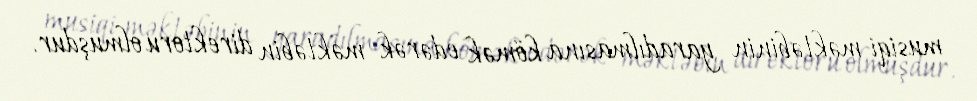
musiqi məktəbinin yaradılmasına kömək edərək məktəbin direktoru olmuşdur.